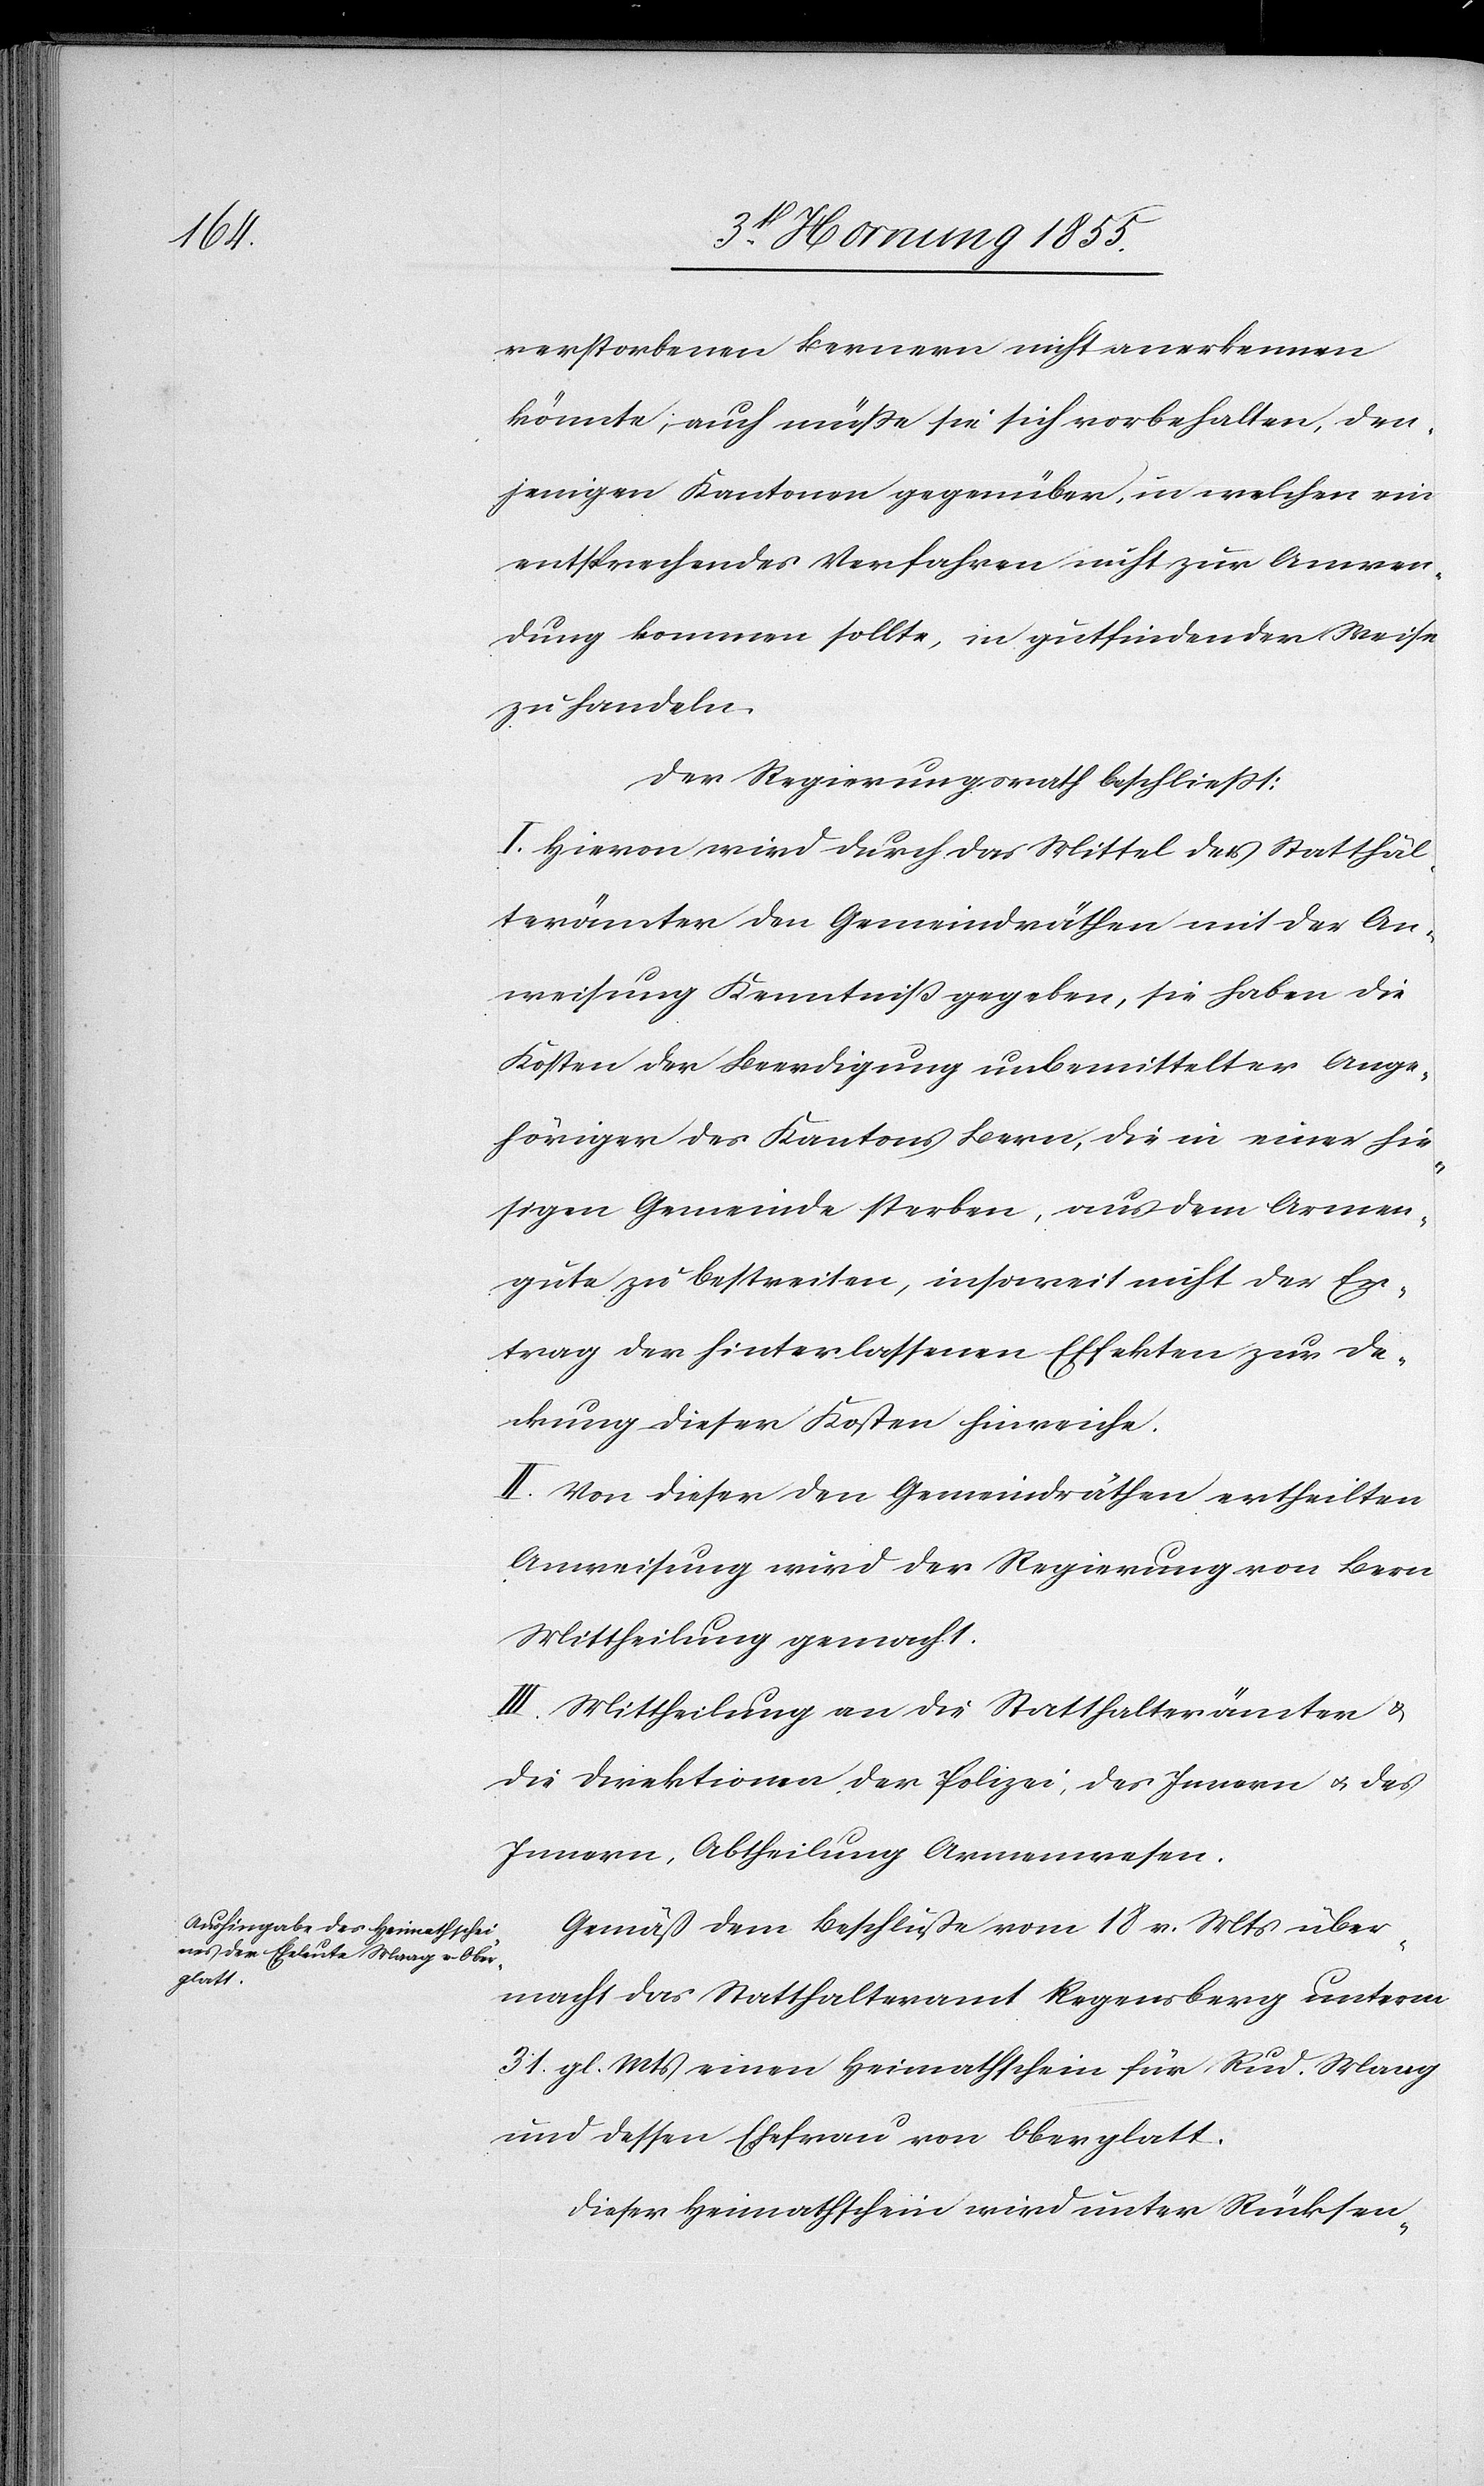
verstorbenen Bernern nicht anerkennen
könnte; auch müsse sie sich vorbehalten, den¬
jenigen Kantonen gegenüber, in welchen ein
entsprechendes Verfahren nicht zur Anwen¬
dung kommen sollte, in gutfindender Weise
zu handeln.
Der Regierungsrath beschliesst:
I. Hievon wird durch das Mittel der Statthal¬
terämter den Gemeindräthen mit der An¬
weisung Kenntniß gegeben, sie haben die
Kosten der Beerdigung unbemittelter Ange¬
höriger des Kantons Bern, die in einer hie¬
sigen Gemeinde sterben, aus dem Armen¬
gute zu bestreiten, insoweit nicht der Er¬
trag der hinterlassenen Effekten zur De¬
ckung dieser Kosten hinreiche.
II. Von dieser den Gemeindräthen ertheilten
Anweisung wird der Regierung von Bern
Mittheilung gemacht.
III. Mittheilung an die Statthalterämter &
die Direktionen der Polizei, des Innern & des
Innern, Abtheilung Armenwesen.
Gemäß dem Beschluße vom 18 v. Mts über¬
macht das Statthalteramt Regensberg unterm
31. gl. Mts einen Heimathschein für Rud. Maag
und dessen Ehefrau von Oberglatt.
Dieser Heimathschein wird unter Rücksen-